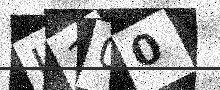
Text: I100